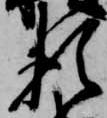
頼